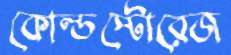
কোল্ডস্টোরেজ